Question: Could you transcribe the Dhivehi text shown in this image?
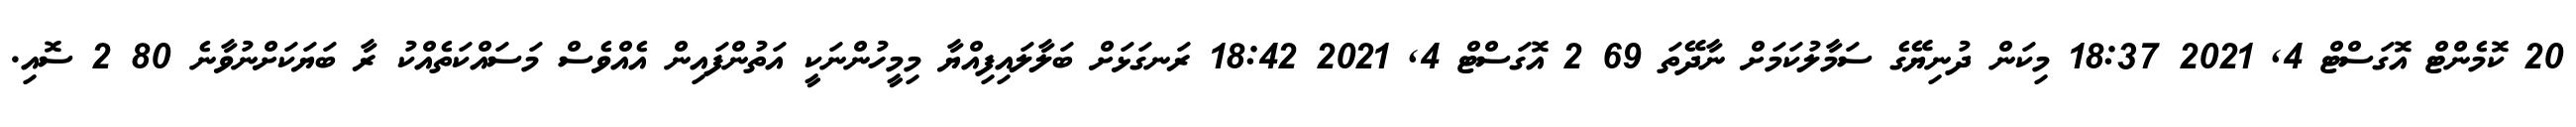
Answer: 20 ކޮމެންޓް އޮގަސްޓް 4, 2021 18:37 މިކަން ދުނިޔޭގެ ސަމާލުކަމަށް ނާދޭތަ 69 2 އޮގަސްޓް 4, 2021 18:42 ރަނގަޅަށް ބަލާލައިފިއްޔާ މިމީހުންނަކީ އަތުންފައިން އެއްވެސް މަސައްކަތެއްކު ރާ ބަޔަކަށްނުވާނެ 80 2 ސޮއި.